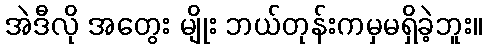
အဲဒီလို အတွေး မျိုး ဘယ်တုန်းကမှမရှိခဲ့ဘူး။